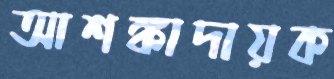
আশঙ্কাদায়ক